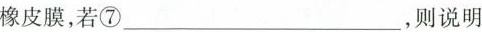
橡皮膜，若⑦___，则说明